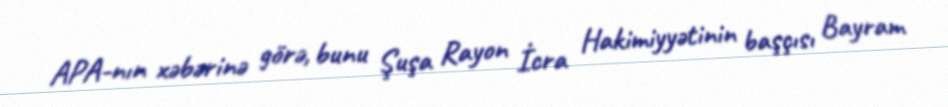
APA-nın xəbərinə görə, bunu Şuşa Rayon İcra Hakimiyyətinin başçısı Bayram